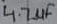
Text: 4.7µF